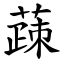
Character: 䔫